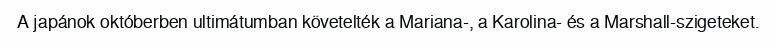
A japánok októberben ultimátumban követelték a Mariana-, a Karolina- és a Marshall-szigeteket.